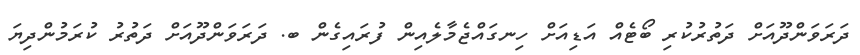
ދަރަވަންދޫއަށް ދަތުރުކުރި ބޯޓެއް އަޑިއަށް ހިނގައްޖެމާލެއިން ފުރައިގެން ބ. ދަރަވަންދޫއަށް ދަތުރު ކުރަމުންދިޔަ